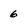
Character: 5